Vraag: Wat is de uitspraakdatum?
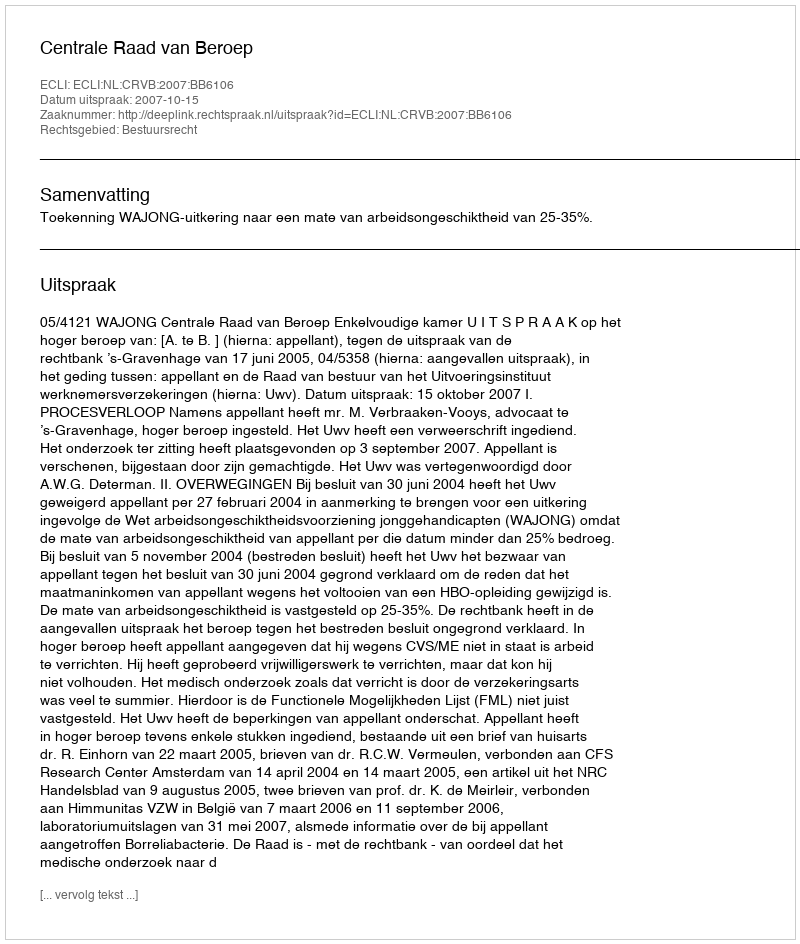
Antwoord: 2007-10-15